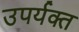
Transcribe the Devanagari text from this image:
उपर्यक्त